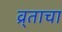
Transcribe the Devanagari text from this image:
व्र्ताचा